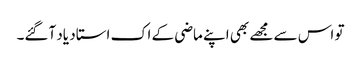
تو اس سے مجھے بھی اپنے ماضی کے اک استاد یاد آگئے۔